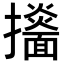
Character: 𢹙